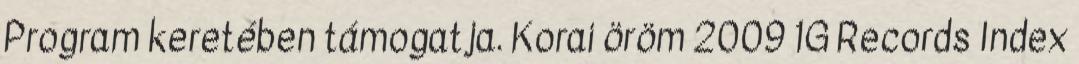
Program keretében támogatja. Korai öröm 2009 1G Records Index